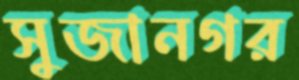
সুজানগর